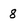
Character: 8